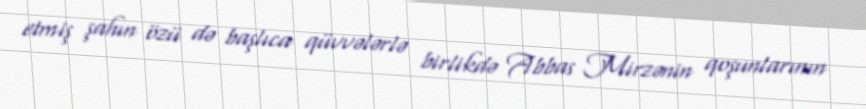
etmiş şahın özü də başlıca qüvvələrlə birlikdə Abbas Mirzənin qoşunlarının